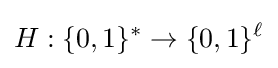
H:\{0,1\}^{*}\to \{0,1\}^{\ell }